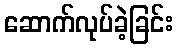
ဆောက်လုပ်ခဲ့ခြင်း